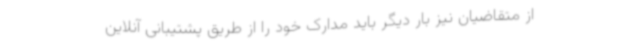
از متقاضیان نیز بار دیگر باید مدارک خود را از طریق پشتیبانی آنلاین